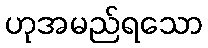
ဟုအမည်ရသော